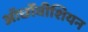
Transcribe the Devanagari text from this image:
ऑर्छोवीशियन